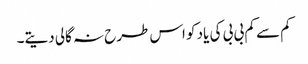
کم سے کم بی بی کی یاد کو اس طرح نہ گالی دیتے۔